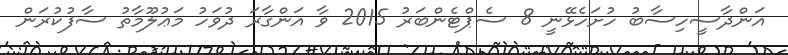
އަންދާސީހިސާބު ހުށަހެޅޭނީ 8 ސެޕްޓެންބަރު 2015 ވާ އަންގާރަ ދުވަހު މަޢުލޫމާތު ސާފުކުރަން